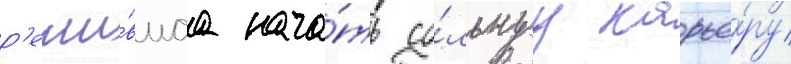
р'еши́вшаа нача́ть со́льнуу карье́ру